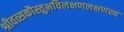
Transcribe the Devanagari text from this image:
श्रीवत्सकौस्तुभविलक्षणलक्षणस्य